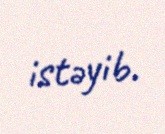
istəyib.